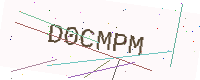
Text: D0CMPM